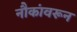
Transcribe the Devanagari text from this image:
नौकांवरून